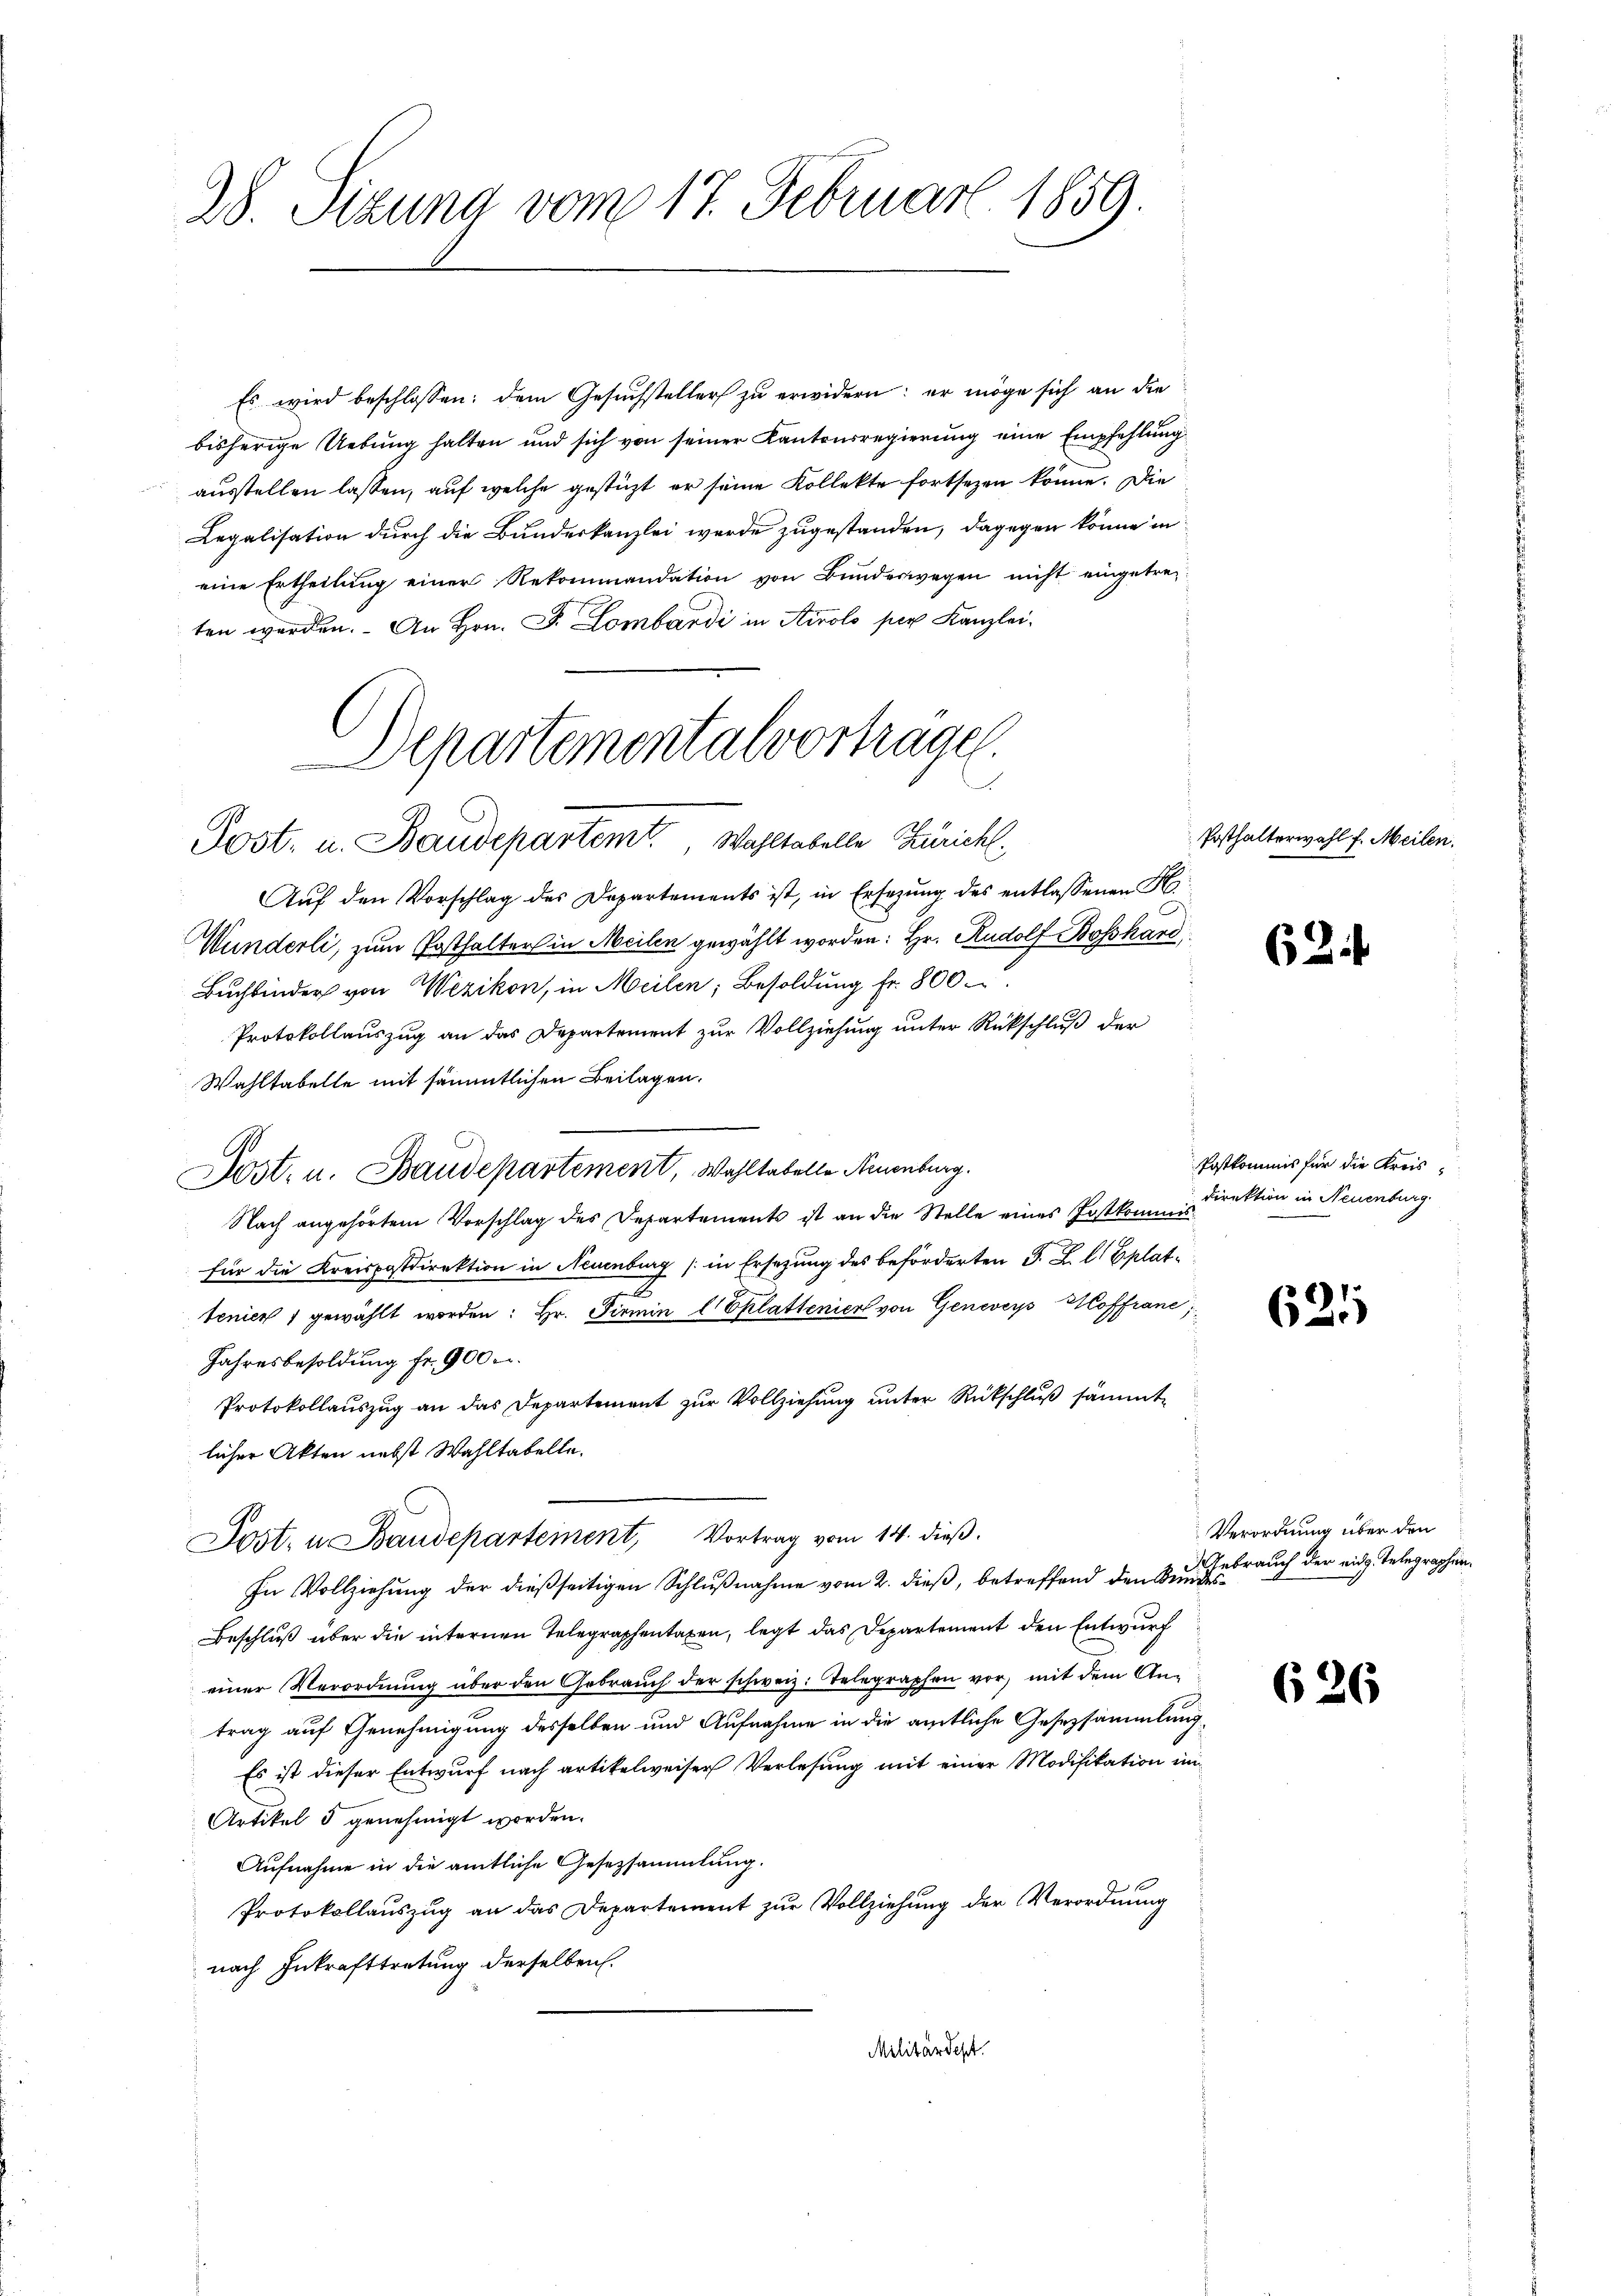
28. Stzung vom 17. Februar 1859.

Es wird beschlossen: dem Gesŭchsteller zŭ erwidern: er möge sich an die
bisherige Uebung halten und sich von seiner Kantonsregierung eine Empfehlung
ausstellen lassen, auf welche gestüzt er seine Kollekte fortsezen könne. Die
Legalisation durch die Bundeskanzlei werde zugestanden, dagegen könne in
eine Ertheilŭng einer Rekommandation von Bŭndeswegen nicht eingetreten werden. An Hrn. F. Lombardi in Airolo per Kanzlei¬
Aŭf den Vorschlag des Departements ist, in Ersezung des entlassenen H
.
Wunderli, zum Posthalter in Meilen gewählt worden: Hr. Rudolf Boßhard,
Buchbinder von Wezikon, in Meilen, Besoldung fr. 800.
Protokollauszug an das Departement zur Vollziehung unter Rückschluß der
Wahltabelle mit sämmtlichen Beilagen.
Post- u. Baudepartement, Wahltabelle Arenburg.
Nach angehörtem Vorschlag des Departements ist an die Stelle eines Postkommisfür die Kreispostdirektion in Neuenburg (in Ersetzung des beförderten J. J. C. Eplat¬
2
tenien 1 gewählt worden: Hr. Firmin lEklatteniert von Geneveys Hoffrane;
Jahresbesoldung fr. 900 u.
Protokollauszug an das Departement zur Vollziehung unter Rückschluß sämmtlicher Akten nebst Wahltabelle.
Jost- u Baudepartement, Vortrag vom 14. dieβ.
In Vollziehung der dießseitigen Schlußnahme vom 2. dieß, betreffend den Bundes¬
Beschluß über die internen Telegraphentaxen, legt das Departement den Entwurf
einer Verordnung über den Gebrauch der schweiz. Telegraphen vor, mit dem Antrag auf Genehmigung desselben und Aufnahme in die amtliche Gesetzsammlung
Es ist dieser Entwurf nach artikelweiser Verlesung mit einer Modifikation im¬
Artikel 5 genehmigt worden.
Aufnahme in die amtliche Gesetzsammlung.
Protokollauszug an das Departement zŭr Vollziehung der Verordnung
nach Inkrafttretung derselben.
Militärdept.

Departementalvortragen.
n
Post- u. Baudepartemt. Wahltabelle Züricht.

Posthalterwahl f. Meilen.

62i

Postkommnis für die Kreis¬
Direktion in Neuenburg

621

Verordnung über den
Gebrauch der eidg. Telegraphen.

626